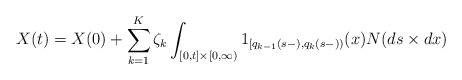
LaTeX: \begin{align*}X(t) = X(0) + \sum_{k=1}^K \zeta_k \int_{[0,t]\times [0,\infty)}1_{[q_{k-1}(s-),q_k(s-))}(x) N(ds\times dx)\end{align*}